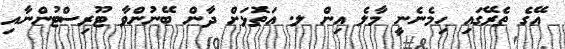
އޭގެ ތެރޭގައި ހިމެނެނީ މާލެ އިން ލ. އަތޮޅަށް ދާން ބޭނުންވާ ޓޫރިސްޓުންނާއި